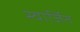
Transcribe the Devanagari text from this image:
स्वार्जित